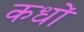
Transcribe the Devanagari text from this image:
कधों